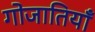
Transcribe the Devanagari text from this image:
गोजातियाँ